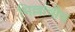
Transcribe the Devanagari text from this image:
भिल्लांचीच